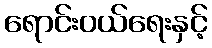
ရောင်းဝယ်ရေးနှင့်